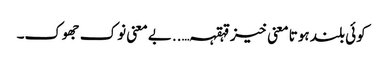
کوئی بلند ہوتا معنی خیز قہقہہ…..بے معنی نوک جھوک۔